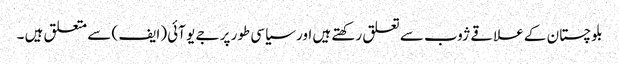
بلوچستان کے علاقے ژوب سے تعلق رکھتے ہیں اور سیاسی طور پر جے یو آئی (ایف ) سے متعلق ہیں ۔